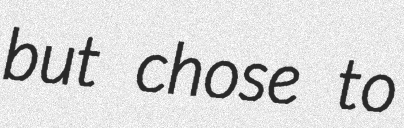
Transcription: but chose to